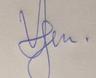
Signature authenticity: genuine